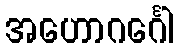
အဟောဂင်္ဂေါ